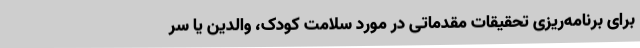
برای برنامه‌ریزی تحقیقات مقدماتی در مورد سلامت کودک، والدین یا سر